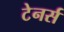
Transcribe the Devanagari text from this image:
टेनर्स